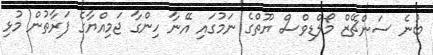
ބުނެ ސަންޗޭޒް މޯލްޑިވްސް ޔޫތްގެ ނަމުގައި އޭނާ ހިންގާ ޖަމިއްޔާގެ ފަރާތުން މުޅި